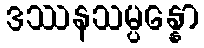
ဒဿနသမ္ပန္နော